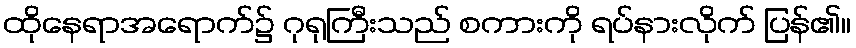
ထိုနေရာအရောက်၌ ဂုရုကြီးသည် စကားကို ရပ်နားလိုက် ပြန်၏။